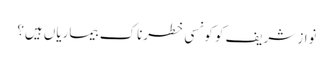
نواز شریف کو کونسی خطرناک بیماریاں ہیں؟